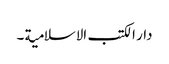
دار الکتب الاسلامیة ۔